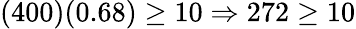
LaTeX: (400)(0.68)\geq 10\Rightarrow 272\geq 10